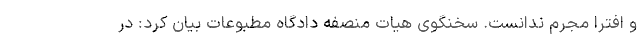
و افترا مجرم ندانست. سخنگوی هیات منصفه دادگاه مطبوعات بیان کرد: در